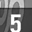
Digit: 5